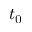
t _ { 0 }